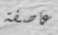
عاصفة